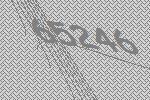
65246